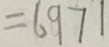
= 6 9 7 1